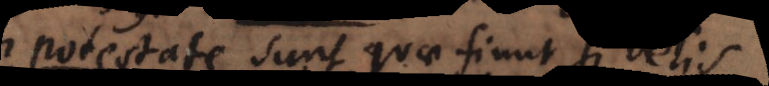
potestate sunt quae fiunt si velis.